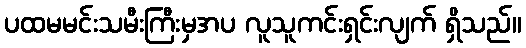
ပထမမင်းသမီးကြီးမှအပ လူသူကင်းရှင်းလျက် ရှိသည်။